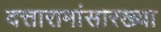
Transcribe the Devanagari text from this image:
दत्तारामांसारख्या